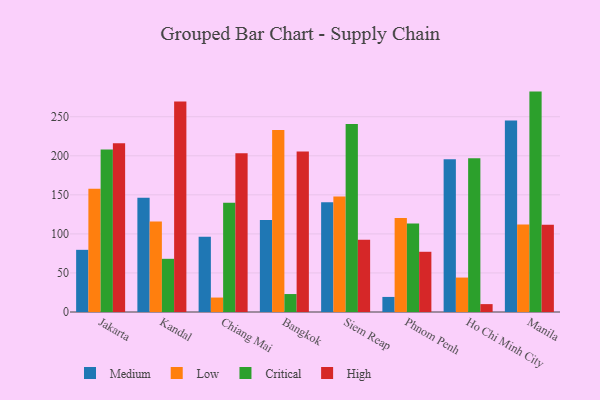
{"axis": {"x": "City", "y": "Production Output"}, "legend": ["Critical", "High", "Low", "Medium"], "data": [{"x": "Jakarta", "y": 79.6, "type": "Medium"}, {"x": "Jakarta", "y": 157.7, "type": "Low"}, {"x": "Jakarta", "y": 208.2, "type": "Critical"}, {"x": "Jakarta", "y": 216.2, "type": "High"}, {"x": "Kandal", "y": 146.2, "type": "Medium"}, {"x": "Kandal", "y": 115.9, "type": "Low"}, {"x": "Kandal", "y": 68.1, "type": "Critical"}, {"x": "Kandal", "y": 269.4, "type": "High"}, {"x": "Chiang Mai", "y": 96.4, "type": "Medium"}, {"x": "Chiang Mai", "y": 18.5, "type": "Low"}, {"x": "Chiang Mai", "y": 140.0, "type": "Critical"}, {"x": "Chiang Mai", "y": 203.4, "type": "High"}, {"x": "Bangkok", "y": 117.9, "type": "Medium"}, {"x": "Bangkok", "y": 233.1, "type": "Low"}, {"x": "Bangkok", "y": 23.0, "type": "Critical"}, {"x": "Bangkok", "y": 205.6, "type": "High"}, {"x": "Siem Reap", "y": 140.5, "type": "Medium"}, {"x": "Siem Reap", "y": 147.9, "type": "Low"}, {"x": "Siem Reap", "y": 240.7, "type": "Critical"}, {"x": "Siem Reap", "y": 92.4, "type": "High"}, {"x": "Phnom Penh", "y": 19.3, "type": "Medium"}, {"x": "Phnom Penh", "y": 120.4, "type": "Low"}, {"x": "Phnom Penh", "y": 113.3, "type": "Critical"}, {"x": "Phnom Penh", "y": 77.1, "type": "High"}, {"x": "Ho Chi Minh City", "y": 195.7, "type": "Medium"}, {"x": "Ho Chi Minh City", "y": 44.1, "type": "Low"}, {"x": "Ho Chi Minh City", "y": 197.0, "type": "Critical"}, {"x": "Ho Chi Minh City", "y": 10.1, "type": "High"}, {"x": "Manila", "y": 245.3, "type": "Medium"}, {"x": "Manila", "y": 112.0, "type": "Low"}, {"x": "Manila", "y": 282.2, "type": "Critical"}, {"x": "Manila", "y": 111.7, "type": "High"}]}